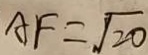
A F = \sqrt { 2 0 }